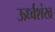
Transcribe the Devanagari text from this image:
ऊर्ध्वशंख